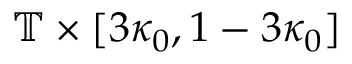
\mathbb { T } \times [ 3 \kappa _ { 0 } , 1 - 3 \kappa _ { 0 } ]